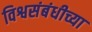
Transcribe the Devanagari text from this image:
विश्वसंबंधीच्या